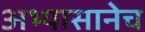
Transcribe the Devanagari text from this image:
अभ्यासानेच